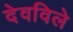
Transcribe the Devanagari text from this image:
देवविले